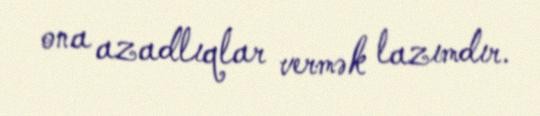
ona azadlıqlar vermək lazımdır.